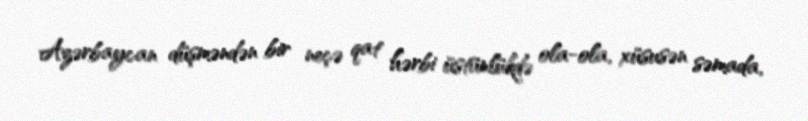
Azərbaycan düşməndən bir neçə qat hərbi üstünlükdə ola-ola, xüsusən səmada,